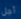
أجل